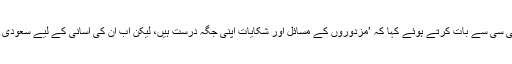
حکومتِ پاکستان کے ہیومن ریسورس ڈیویلپمنٹ کے سیکریٹری پرویز احمد جونیجو نے بی بی سی سے بات کرتے ہوئے کہا کہ ’مزدوروں کے مسائل اور شکایات اپنی جگہ درست ہیں، لیکن اب ان کی آسانی کے لیے سعودی عرب میں کئی شکایتی سینٹرز بنائے گئے ہیں جہاں ان کو در پیش مسائل کا حل مل سکے گا۔